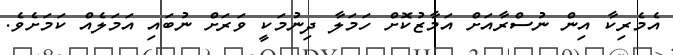
އެމެރިކާ އިން ނުސްރާއަށް އަމާޒުކޮށް ހަމަލާ ދިނުމަކީ ވަރަށް ނުބައި އަމަލެއް ކަމަށެވެ.